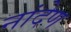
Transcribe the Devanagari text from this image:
नांदेण